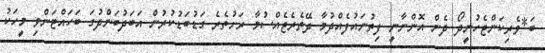
ބަ*ވެރިކަންޖެހުނީދޯ ދެން އޮންނާނީ ފިތުނައުފެއްދުމާ ދޭތެރެޖެއްސުމާ ރަށުތެރެ ގަޑުބަޑުކުރުން އަބަދުބަންދުގަ ބަހައްޓަންވި މީހަކު